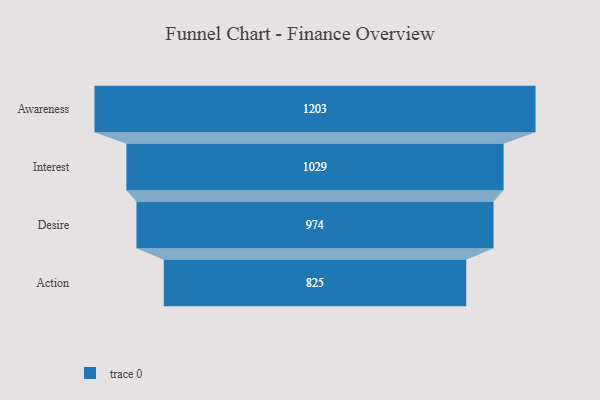
{"axis": {"x": "Stage", "y": "Value"}, "legend": [""], "data": [{"x": "Awareness", "y": 1203.0, "type": ""}, {"x": "Interest", "y": 1029.0, "type": ""}, {"x": "Desire", "y": 974.0, "type": ""}, {"x": "Action", "y": 825.0, "type": ""}]}